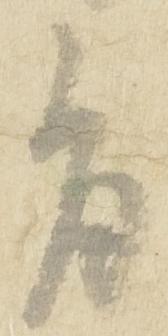
旨